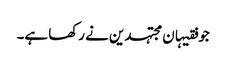
جو فقیہان مجتہدین نے رکھا ہے۔